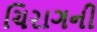
ચિરાગની